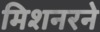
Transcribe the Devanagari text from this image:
मिशनरने